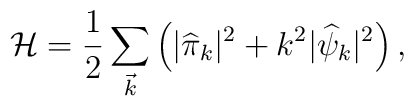
{\cal H}=\frac{1}{2} \sum_{\vec{k}} \left( |{\widehat\pi}_k|^2 + k^2 |{\widehat\psi}_k|^2\right) ,